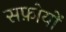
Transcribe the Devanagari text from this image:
सफ़ोयों